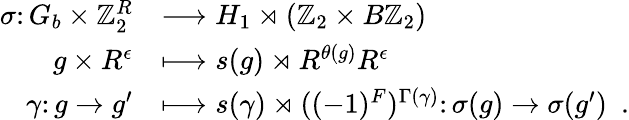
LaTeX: \begin{array}{rl}{\sigma\colon G_{b}\times\mathbb{Z}_{2}^{R}}&{\longrightarrow H_{1}\rtimes(\mathbb{Z}_{2}\times B\mathbb{Z}_{2})}\\ {g\times R^{\epsilon}}&{\longmapsto s(g)\rtimes R^{\theta(g)}R^{\epsilon}}\\ {\gamma\colon g\to g^{\prime}}&{\longmapsto s(\gamma)\rtimes((-1)^{F})^{\Gamma(\gamma)}\colon\sigma(g)\to\sigma(g^{\prime})\ \ .}\end{array}